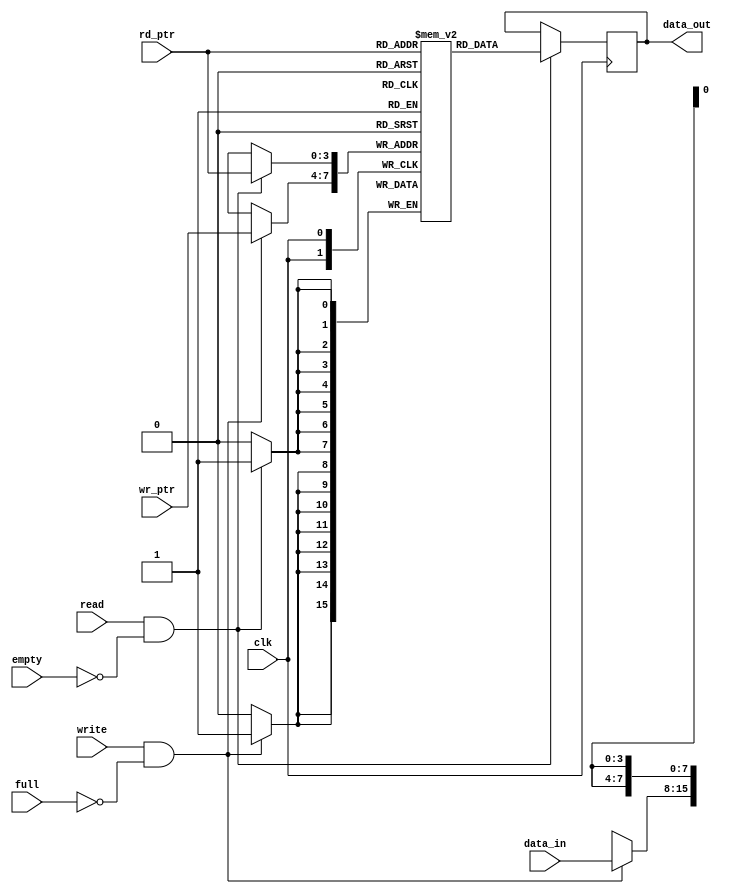
///////////////////////////////////////////////////////////////////////////
// Company: VB Tech
//
// Design Name: RAM
// Module Name: ram.v
// Project Name: FIFO
// Target Device: KU5P
// Tool Versions: 2019.2
// Description: Synchronous, Depth=13, Synthesizable, freq= 350MHz, RAM-based, not register-based
//
// Dependencies:
//
// Revision:
// Revision 0.01 - File Created
// Additional Comments:
//
/////////////////////////////////////////////////////////////////////////
module ram
#(
    parameter DATA_WIDTH = 8,
    parameter DATA_DEPTH = 13,
    parameter POINTER_WIDTH = 4
)
(
    input clk,
    input write, read, full, empty,
    input [POINTER_WIDTH-1:0] wr_ptr, rd_ptr,
    input [DATA_WIDTH - 1:0] data_in,

    output reg [DATA_WIDTH - 1:0] data_out
);

reg [DATA_WIDTH - 1:0] mem [DATA_DEPTH-1:0];

always @(posedge clk) begin
    if(write && !full)
        mem[wr_ptr] <= data_in;
end

always @(posedge clk) begin
    if(read && !empty)begin
        data_out <= mem[rd_ptr];
        mem[rd_ptr] <= 'dx;
    end
end

endmodule